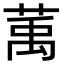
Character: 萭